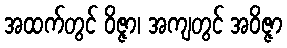
အထက်တွင် ဝိဇ္ဇာ၊ အကျတွင် အဝိဇ္ဇာ